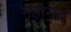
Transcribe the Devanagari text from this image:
महामंच